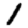
Digit: 1